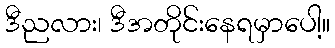
ဒီညလား၊ ဒီအတိုင်းနေရမှာပေါ့။